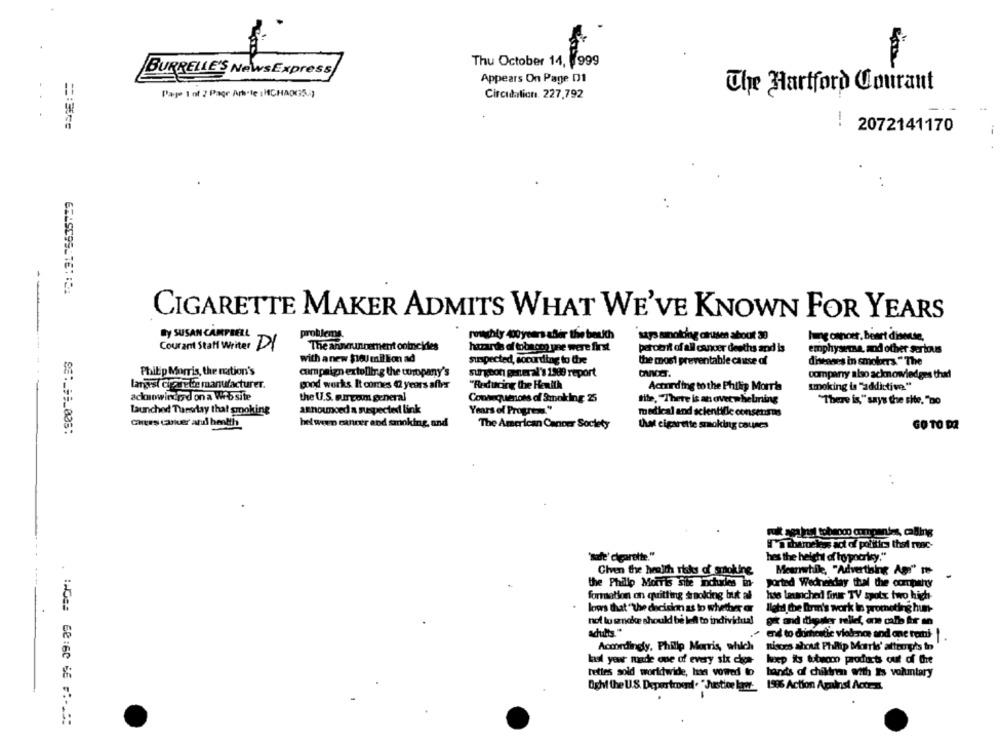
Thu October 14, 999
BURRELLE'S NewsExpress
Appears On Page D1
Page 1 of 2 Page Arb.le :HCHAD(35.2)
Circulation. 227,792
The Hartford Courant
..
2072141170
. .
CIGARETTE MAKER ADMITS WHAT WE'VE KNOWN FOR YEARS
---
By SUSAN CAMPBELL
problems.
rowchty dooyears afler the bestth
says snotig cause about 30
hung onnoer, beart disease,
Courant Staff Writer DI
The announcement coincides
hazards of tobacon yne were first
percent of all cancer deaths and is
emphysema, and other serious
with anew $100 million ad
suspected, according to the
the most preventable cause of
diseases in smokers. " The
Philip Morris, the nation's
campaign extolling the wuropany's
surgeon general's 1989 report
CANDET.
company also acknowledges that
langest orasrete manufacturer.
good works It comes 42 years after
"Reducing the Heaith
smoking is "addictive"
According to the Philip Morris
ackorowing pod on a Web site
the U.S. Bircom general
Consequences of Smoking 25
tite, There is an overwhelming
"There is," says the site. "Do
Launched Tuesday that smoking
announced a suspected link
Years of Progress."
medical and scientific consensus
Chers cancer and health
hel ween cancer and smoking, and
The American Cancer Society
that cigarette smoking causes
GO TO DA
99 :_ ##_005:
Na thardekos act of politics thed rosc-
'sat' cigarette."
hes the height of to pocrisy."
Given the health risks of smoking
Meanwhile, "Advertising Age" re
the Philip Morris Site includes in-
ported Wednesday thal the company
formation on quitting saolding but all
has launched four TV spotx two high-
lovers that " the decision as to whether or
lletd the firm's work in promoting hun-
not lu snake should be left to individual
gi and diede neid, an calb br mn
adults."
end to domestic violence and one ramti
Accordingly, Philip Morris, which
nisces about Phillip Morris' attougris in
last year made one of every six ches- hoep its tubono products out of the
hetles sold worldwide, has vowed to hands of children with Its voluntary
Oght the U.S. Depor troen. "Justice lawr- 1996 Action Against Actes
:AOss 68:60 66 F :- 15: